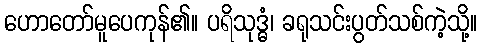
ဟောတော်မူပေကုန်၏။ ပရိသုဒ္ဓံ၊ ခရုသင်းပွတ်သစ်ကဲ့သို့။